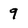
Character: 9